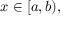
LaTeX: x \in [ a , b ) ,